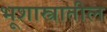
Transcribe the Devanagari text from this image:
भूशास्त्रातील